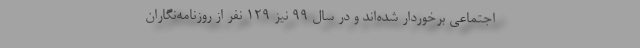
اجتماعی برخوردار شده‌اند و در سال ۹۹ نیز ۱۲۹ نفر از روزنامه‌نگاران